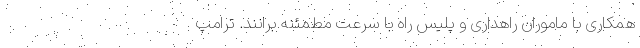
همکاری با ماموران راهداری و پلیس راه با سرعت مطمئنه برانند. ترامپ